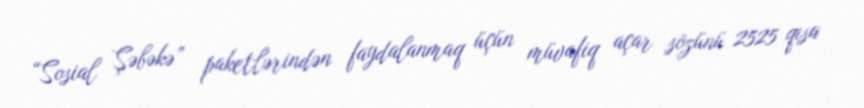
“Sosial Şəbəkə” paketlərindən faydalanmaq üçün müvafiq açar sözünü 2525 qısa